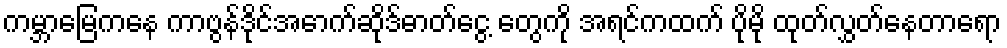
ကမ္ဘာမြေကနေ ကာဗွန်ဒိုင်အောက်ဆိုဒ်ဓာတ်ငွေ့ တွေကို အရင်ကထက် ပိုမို ထုတ်လွှတ်နေတာရော